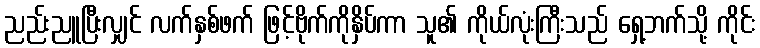
ညည်းညူပြီးလျှင် လက်နှစ်ဖက် ဖြင့်ဗိုက်ကိုနှိပ်ကာ သူ၏ ကိုယ်လုံးကြီးသည် ရှေ့ဘက်သို့ ကိုင်း